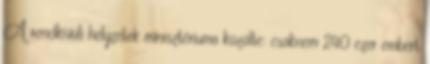
A rendkívüli helyzetek minisztériuma közölte: csaknem 240 ezer embert